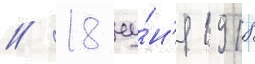
// 18 иу́н'я 1918